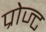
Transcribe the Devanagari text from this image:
प्रोज्ट